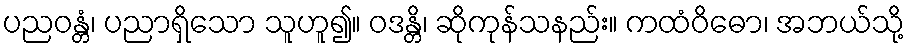
ပညဝန္တံ၊ ပညာရှိသော သူဟူ၍။ ဝဒန္တိ၊ ဆိုကုန်သနည်း။ ကထံဝိဓော၊ အဘယ်သို့